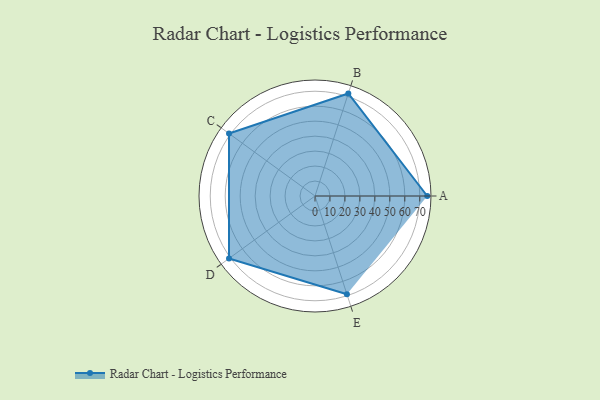
{"axis": {"x": "Skill", "y": "Score"}, "legend": ["Profile"], "data": [{"x": "A", "y": 75.0, "type": "Profile"}, {"x": "B", "y": 72.0, "type": "Profile"}, {"x": "C", "y": 71.0, "type": "Profile"}, {"x": "D", "y": 71.0, "type": "Profile"}, {"x": "E", "y": 69.0, "type": "Profile"}]}